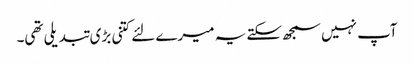
آپ نہیں سمجھ سکتے یہ میرے لئے کتنی بڑی تبدیلی تھی۔